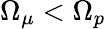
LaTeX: \Omega_{\mu}<\Omega_{p}